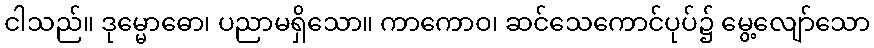
ငါသည်။ ဒုမ္မောဓော၊ ပညာမရှိသော။ ကာကောဝ၊ ဆင်သေကောင်ပုပ်၌ မွေ့လျော်သော